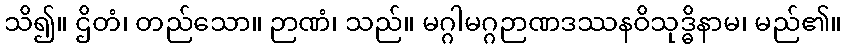
သိ၍။ ဌိတံ၊ တည်သော။ ဉာဏံ၊ သည်။ မဂ္ဂါမဂ္ဂဉာဏဒဿနဝိသုဒ္ဓိနာမ၊ မည်၏။